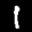
Label: 1